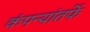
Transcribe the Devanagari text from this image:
कंपन्यांतर्फे